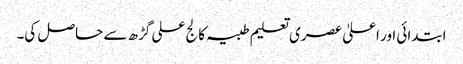
ابتدائی اور اعلیٰ عصری تعلیم طبیہ کالج علی گڑھ سے حاصل کی۔